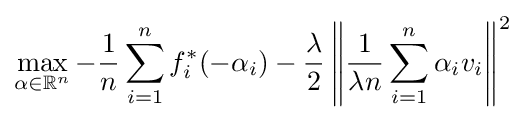
\max _{\alpha \in \mathbb {R} ^{n}}-{\frac {1}{n}}\sum _{i=1}^{n}f_{i}^{*}(-\alpha _{i})-{\frac {\lambda }{2}}\left\|{\frac {1}{\lambda n}}\sum _{i=1}^{n}\alpha _{i}v_{i}\right\|^{2}